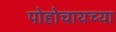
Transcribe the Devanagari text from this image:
पोहोचायच्या